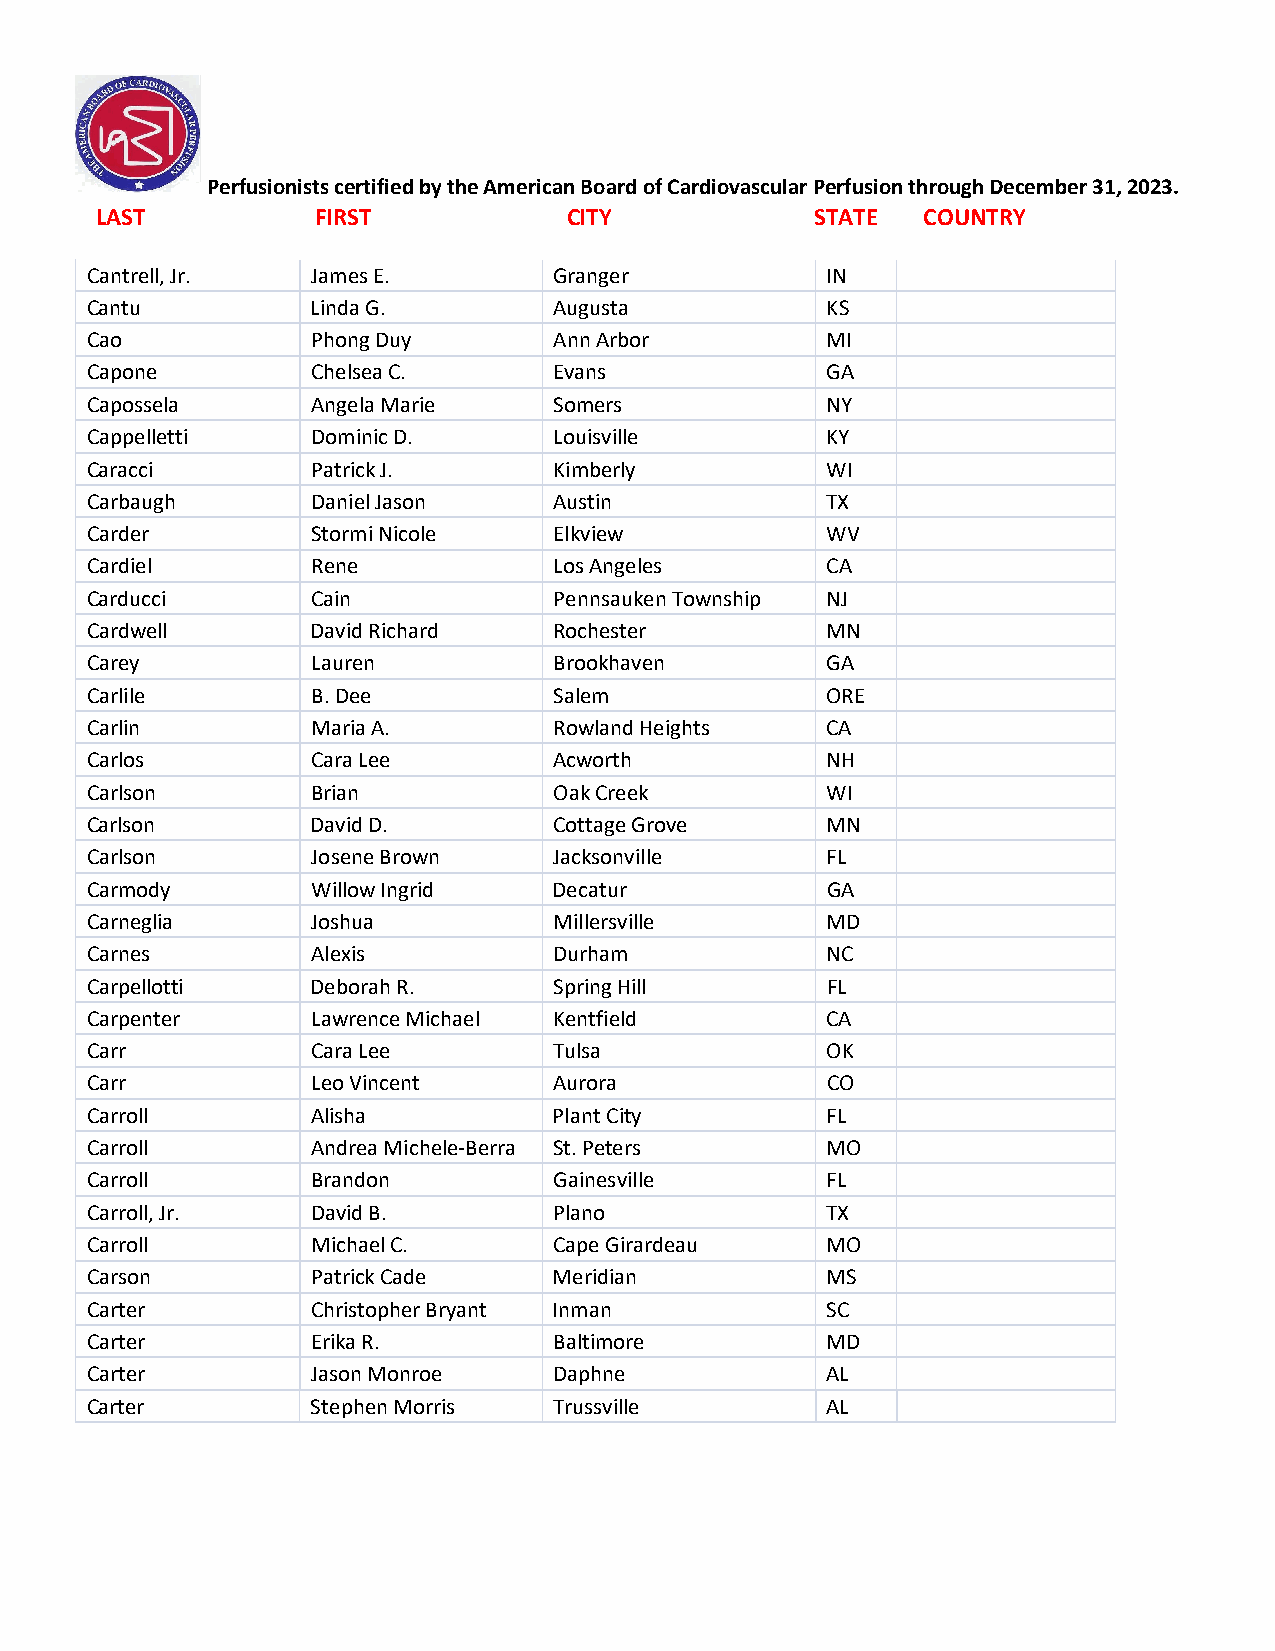
Perfusionists certified by the American Board of Cardiovascular Perfusion through December 31, 2023.
 LAST           FIRST            CITY            STATE  COUNTRY
 Cantrell, Jr.  James E.        Granger           IN
 Cantu          Linda G.        Augusta           KS
 Cao            Phong Duy       Ann Arbor         MI
 Capone         Chelsea C.      Evans             GA
 Capossela      Angela Marie    Somers            NY
 Cappelletti    Dominic D.      Louisville        KY
 Caracci        Patrick J.      Kimberly          WI
 Carbaugh       Daniel Jason    Austin            TX
 Carder         Stormi Nicole   Elkview           WV
 Cardiel        Rene            Los Angeles       CA
 Carducci       Cain            Pennsauken Township NJ
 Cardwell       David Richard   Rochester         MN
 Carey          Lauren          Brookhaven        GA
 Carlile        B. Dee          Salem             ORE
 Carlin         Maria A.        Rowland Heights   CA
 Carlos         Cara Lee        Acworth           NH
 Carlson        Brian           Oak Creek         WI
 Carlson        David D.        Cottage Grove     MN
 Carlson        Josene Brown    Jacksonville      FL
 Carmody        Willow Ingrid   Decatur           GA
 Carneglia      Joshua          Millersville      MD
 Carnes         Alexis          Durham            NC
 Carpellotti    Deborah R.      Spring Hill       FL
 Carpenter      Lawrence Michael Kentfield        CA
 Carr           Cara Lee        Tulsa             OK
 Carr           Leo Vincent     Aurora            CO
 Carroll        Alisha          Plant City        FL
 Carroll        Andrea Michele-Berra St. Peters   MO
 Carroll        Brandon         Gainesville       FL
 Carroll, Jr.   David B.        Plano             TX
 Carroll        Michael C.      Cape Girardeau    MO
 Carson         Patrick Cade    Meridian          MS
 Carter         Christopher Bryant Inman          SC
 Carter         Erika R.        Baltimore         MD
 Carter         Jason Monroe    Daphne            AL
 Carter         Stephen Morris  Trussville        AL